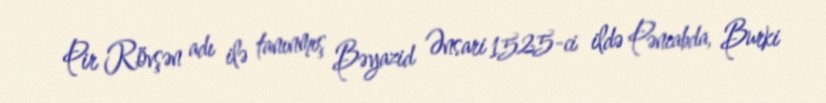
Pir Rövşən adı ilə tanınmış Bəyazid Ənsari 1525-ci ildə Pəncabda, Burki